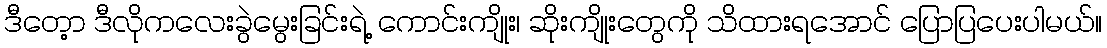
ဒီတေ့ာ ဒီလိုကလေးခွဲမွေးခြင်းရဲ့ ကောင်းကျိုး၊ ဆိုးကျိုးတွေကို သိထားရအောင် ပြောပြပေးပါမယ်။